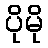
ပိုမို